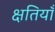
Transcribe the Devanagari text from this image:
क्षतियाँ